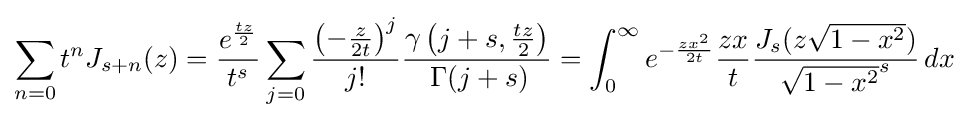
\sum _{n=0}t^{n}J_{s+n}(z)={\frac {e^{\frac {tz}{2}}}{t^{s}}}\sum _{j=0}{\frac {\left(-{\frac {z}{2t}}\right)^{j}}{j!}}{\frac {\gamma \left(j+s,{\frac {tz}{2}}\right)}{\,\Gamma (j+s)}}=\int _{0}^{\infty }e^{-{\frac {zx^{2}}{2t}}}{\frac {zx}{t}}{\frac {J_{s}(z{\sqrt {1-x^{2}}})}{{\sqrt {1-x^{2}}}^{s}}}\,dx